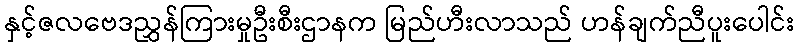
နှင့်ဇလဗေဒညွှန်ကြားမှုဦးစီးဌာနက မြည်ဟီးလာသည် ဟန်ချက်ညီပူးပေါင်း